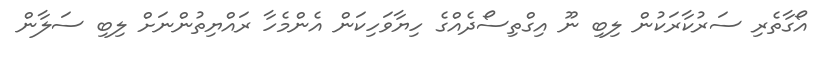
އޯގާތެެރި ސަރުކާރަކުން ލިބި ނޫ އިގްތިސޯދެއްގެ ހިޔާވަހިކަން އެންމެހާ ރައްޔިތުންނަށް ލިބި ސަލާން